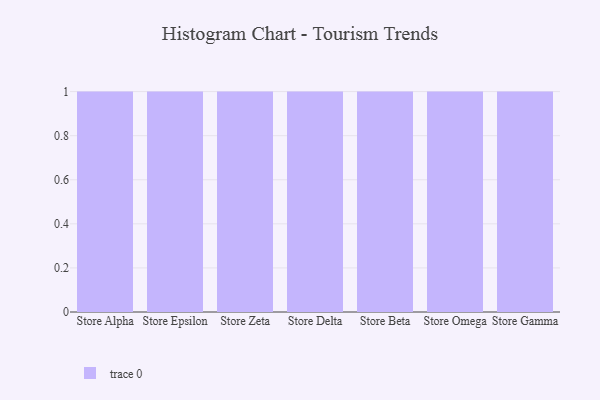
{"axis": {"x": "Store", "y": "Market Share (%)"}, "legend": [""], "data": [{"x": "Store Alpha", "y": 31, "type": ""}, {"x": "Store Epsilon", "y": 1, "type": ""}, {"x": "Store Zeta", "y": 24, "type": ""}, {"x": "Store Delta", "y": 23, "type": ""}, {"x": "Store Beta", "y": 33, "type": ""}, {"x": "Store Omega", "y": 63, "type": ""}, {"x": "Store Gamma", "y": 25, "type": ""}]}